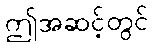
ဤအဆင့်တွင်